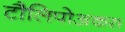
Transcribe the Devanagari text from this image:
टौलिपोअकस